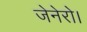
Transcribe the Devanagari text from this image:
जेनेरो।